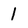
Character: 1